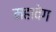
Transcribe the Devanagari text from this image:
महावेग